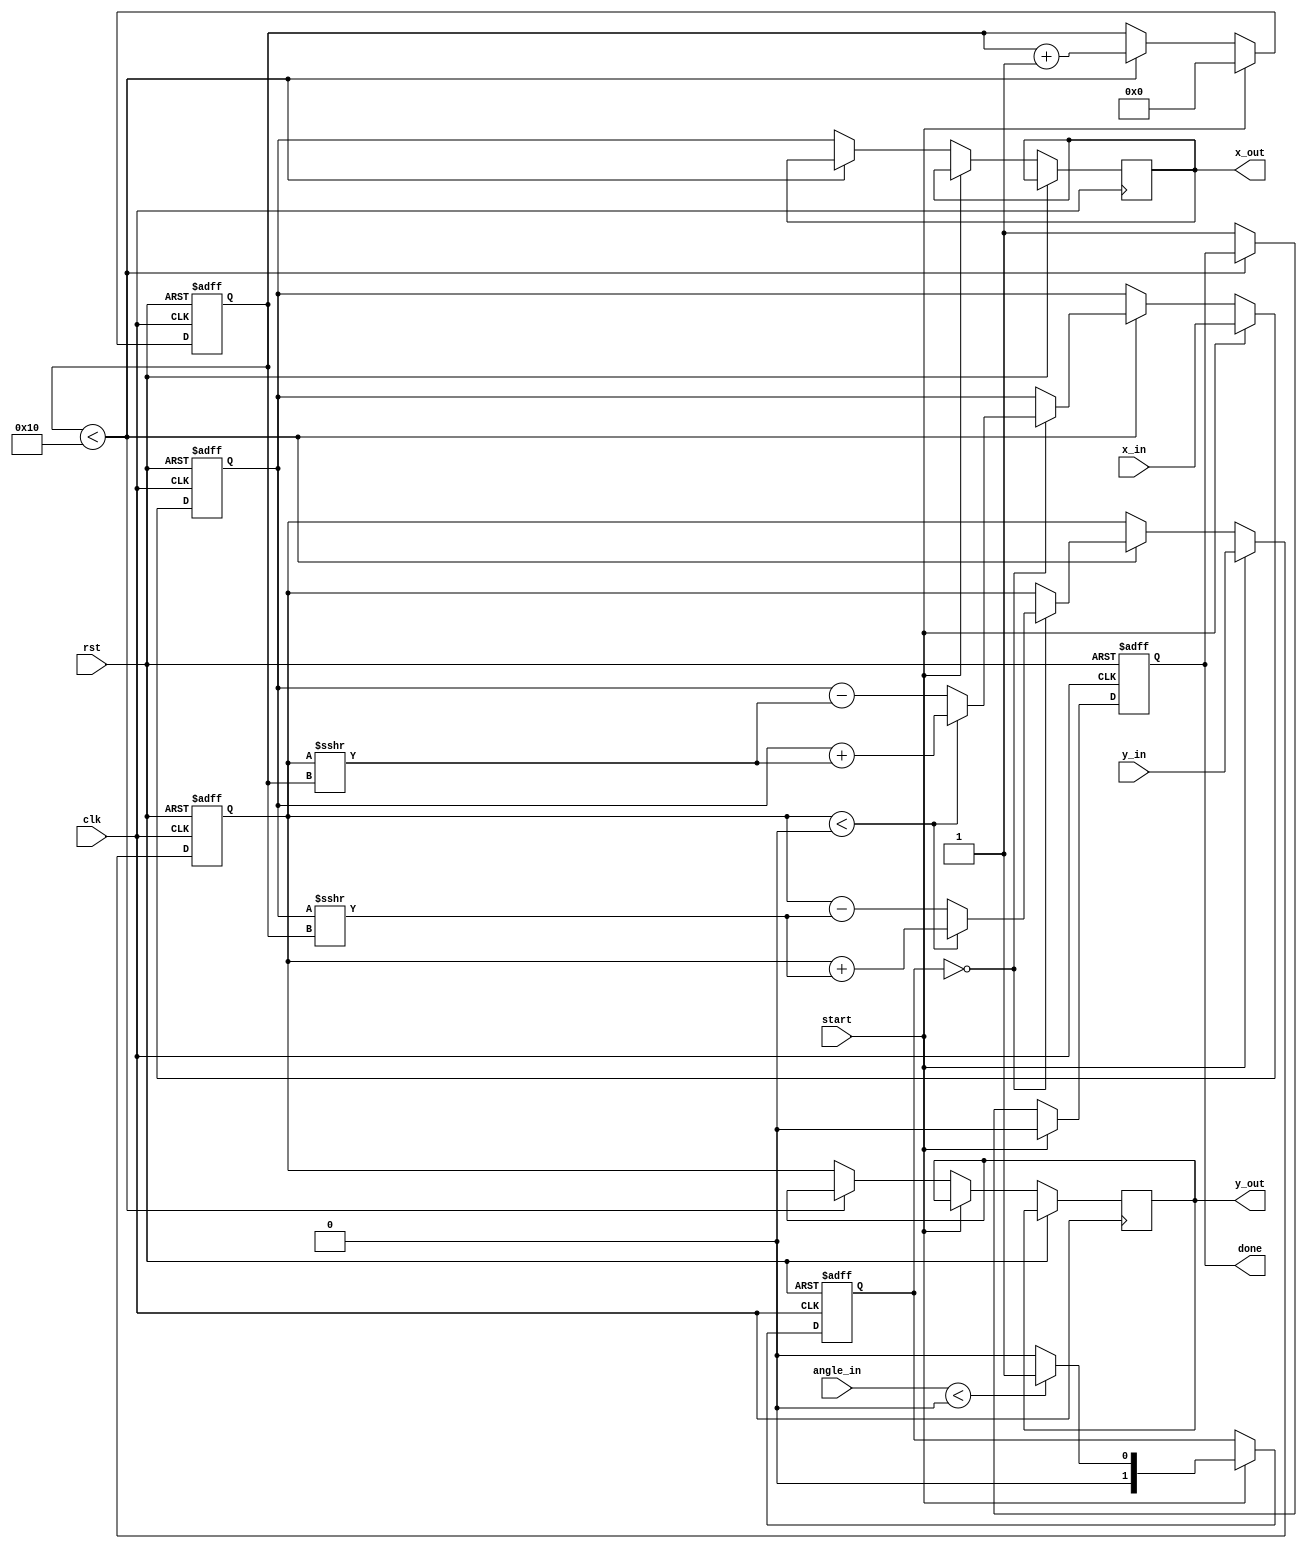
module adaptive_cordic #(
    parameter DATA_WIDTH = 32,
    parameter ANGLE_WIDTH = 16,
    parameter ITERATIONS = 16
)(
    input wire clk,
    input wire rst,
    input wire start,
    input wire signed [DATA_WIDTH-1:0] x_in,
    input wire signed [DATA_WIDTH-1:0] y_in,
    input wire signed [ANGLE_WIDTH-1:0] angle_in,
    output reg signed [DATA_WIDTH-1:0] x_out,
    output reg signed [DATA_WIDTH-1:0] y_out,
    output reg done
);

    // Internal registers
    reg [5:0] iteration_count;
    reg [DATA_WIDTH-1:0] x_reg;
    reg [DATA_WIDTH-1:0] y_reg;
    reg signed [ANGLE_WIDTH-1:0] angle_reg;
    reg [1:0] mode; // 00: rotation, 01: vectoring

    // Lookup table for angles
    reg signed [ANGLE_WIDTH-1:0] atan_lut [0:ITERATIONS-1];

    // Initialize the angle lookup table
    initial begin
        atan_lut[0] = 16'h3265; // atan(0.5)
        atan_lut[1] = 16'h1DAC; // atan(0.25)
        atan_lut[2] = 16'h1B74; // atan(0.125)
        // Add more angles as required
    end

    // Control logic
    always @(posedge clk or posedge rst) begin
        if (rst) begin
            iteration_count <= 0;
            x_reg <= 0;
            y_reg <= 0;
            angle_reg <= 0;
            done <= 0;
            mode <= 0;
        end else begin
            if (start) begin
                x_reg <= x_in;
                y_reg <= y_in;
                angle_reg <= angle_in;
                iteration_count <= 0;
                done <= 0;
                mode <= (angle_in < 0) ? 1 : 0; // Decide mode based on angle
            end else if (iteration_count < ITERATIONS) begin
                // CORDIC iteration
                if (mode == 0) begin // Rotation mode
                    if (y_reg < 0) begin
                        x_reg <= x_reg + (y_reg >>> iteration_count);
                        y_reg <= y_reg + (x_reg >>> iteration_count);
                        angle_reg <= angle_reg + atan_lut[iteration_count];
                    end else begin
                        x_reg <= x_reg - (y_reg >>> iteration_count);
                        y_reg <= y_reg - (x_reg >>> iteration_count);
                        angle_reg <= angle_reg - atan_lut[iteration_count];
                    end
                end else begin // Vectoring mode
                    // Implement vectoring mode if necessary
                end
                
                iteration_count <= iteration_count + 1;
            end else begin
                x_out <= x_reg;
                y_out <= y_reg;
                done <= 1; // Signal completion
            end
        end
    end
endmodule